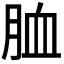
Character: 𦚡